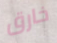
خارق